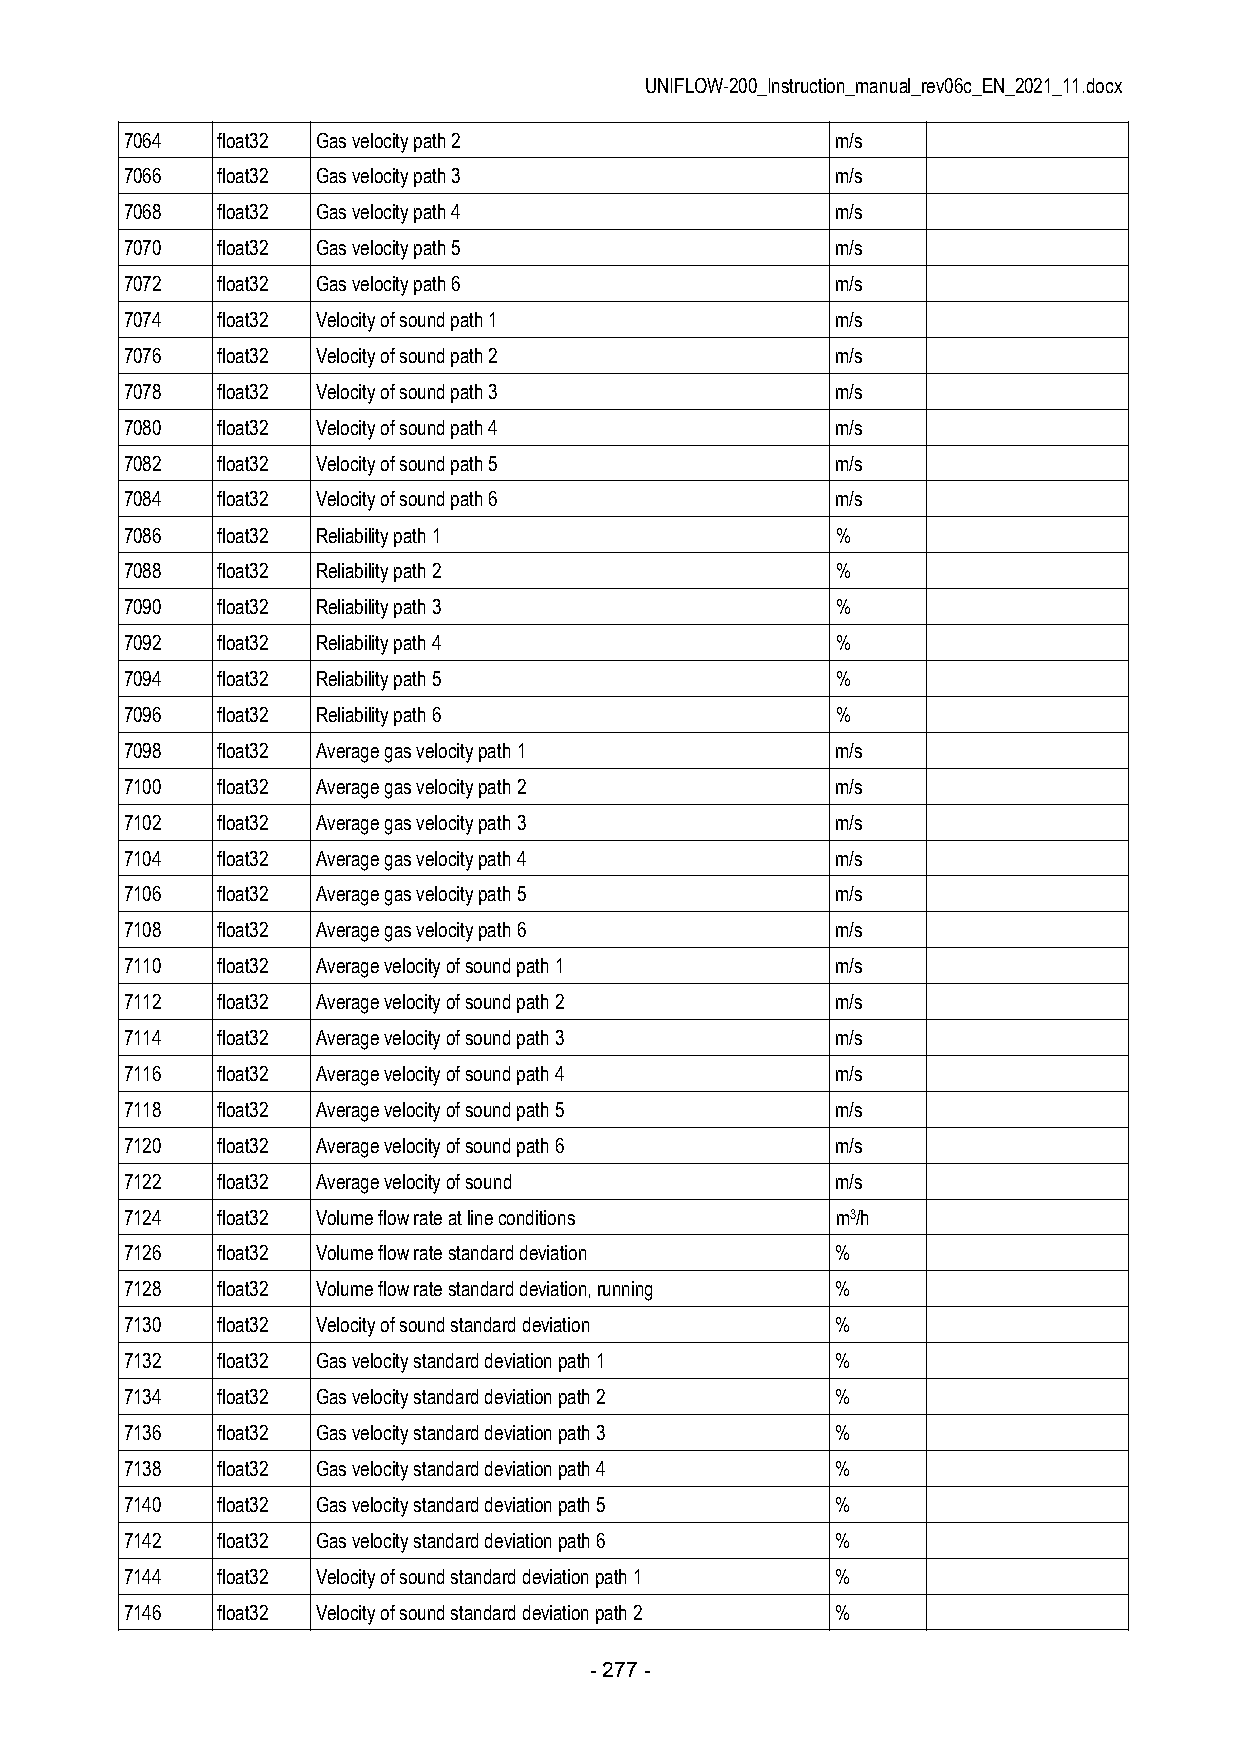
UNIFLOW-200_Instruction_manual_rev06c_EN_2021_11.docx
 7064  float32 Gas velocity path 2              m/s
 7066  float32 Gas velocity path 3              m/s
 7068  float32 Gas velocity path 4              m/s
 7070  float32 Gas velocity path 5              m/s
 7072  float32 Gas velocity path 6              m/s
 7074  float32 Velocity of sound path 1         m/s
 7076  float32 Velocity of sound path 2         m/s
 7078  float32 Velocity of sound path 3         m/s
 7080  float32 Velocity of sound path 4         m/s
 7082  float32 Velocity of sound path 5         m/s
 7084  float32 Velocity of sound path 6         m/s
 7086  float32 Reliability path 1               %
 7088  float32 Reliability path 2               %
 7090  float32 Reliability path 3               %
 7092  float32 Reliability path 4               %
 7094  float32 Reliability path 5               %
 7096  float32 Reliability path 6               %
 7098  float32 Average gas velocity path 1      m/s
 7100  float32 Average gas velocity path 2      m/s
 7102  float32 Average gas velocity path 3      m/s
 7104  float32 Average gas velocity path 4      m/s
 7106  float32 Average gas velocity path 5      m/s
 7108  float32 Average gas velocity path 6      m/s
 7110  float32 Average velocity of sound path 1 m/s
 7112  float32 Average velocity of sound path 2 m/s
 7114  float32 Average velocity of sound path 3 m/s
 7116  float32 Average velocity of sound path 4 m/s
 7118  float32 Average velocity of sound path 5 m/s
 7120  float32 Average velocity of sound path 6 m/s
 7122  float32 Average velocity of sound        m/s
 7124  float32 Volume flow rate at line conditions m3/h
 7126  float32 Volume flow rate standard deviation %
 7128  float32 Volume flow rate standard deviation, running %
 7130  float32 Velocity of sound standard deviation %
 7132  float32 Gas velocity standard deviation path 1 %
 7134  float32 Gas velocity standard deviation path 2 %
 7136  float32 Gas velocity standard deviation path 3 %
 7138  float32 Gas velocity standard deviation path 4 %
 7140  float32 Gas velocity standard deviation path 5 %
 7142  float32 Gas velocity standard deviation path 6 %
 7144  float32 Velocity of sound standard deviation path 1 %
 7146  float32 Velocity of sound standard deviation path 2 %
 - 277 -